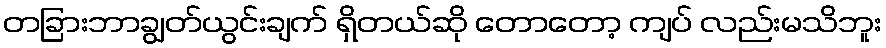
တခြားဘာချွတ်ယွင်းချက် ရှိတယ်ဆို တောတော့ ကျပ် လည်းမသိဘူး